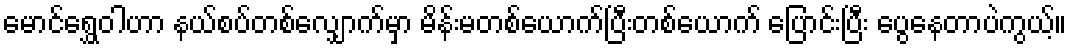
မောင်ရွှေဝါဟာ နယ်စပ်တစ်လျှောက်မှာ မိန်းမတစ်ယောက်ပြီးတစ်ယောက် ပြောင်းပြီး ပွေနေတာပဲကွယ့်။